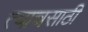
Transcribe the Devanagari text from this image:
त्याचसाठी